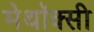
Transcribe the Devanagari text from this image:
मेथॉक्सी